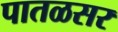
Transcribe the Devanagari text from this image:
पातळसर